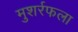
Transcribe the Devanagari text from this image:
मुशर्रफला